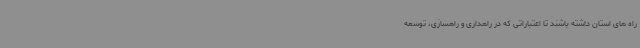
راه های استان داشته باشند تا اعتباراتی که در راهداری و راهسازی، توسعه